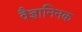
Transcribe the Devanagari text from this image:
वैज्ञानिनक